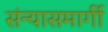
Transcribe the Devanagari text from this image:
संन्यासमार्गी